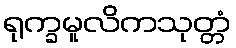
ရုက္ခမူလိကသုတ္တံ